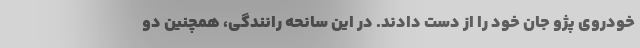
خودروی پژو جان خود را از دست دادند. در این سانحه رانندگی، همچنین دو